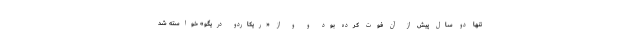
تنها دو سال پیش از آن فوت کرده بود و و از «ریکاردو دریگو» خواسته شد